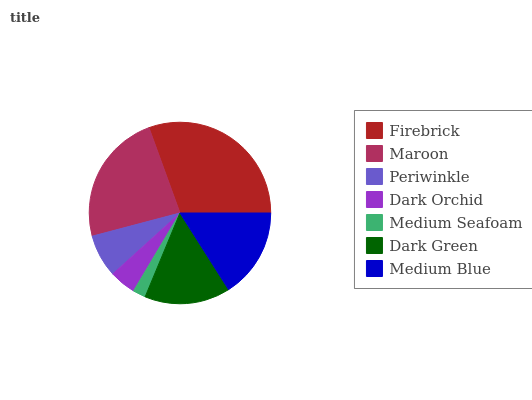
| Firebrick | Maroon | Periwinkle | Dark Orchid | Medium Seafoam | Dark Green | Medium Blue |
 | --- | --- | --- | --- | --- | --- | --- |
 | 30.5% | 23.5% | 7.62% | 4.72% | 2.29% | 15.2% | 16.1% |